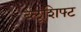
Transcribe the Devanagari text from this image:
ब्लूशिफ्ट